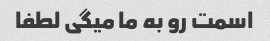
اسمت رو به ما میگی لطفا